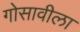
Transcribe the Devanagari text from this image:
गोसावीला